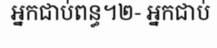
អ្នកជាប់ពន្ធ។២- អ្នកជាប់